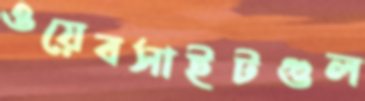
ওয়েবসাইটগুল